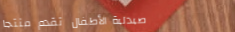
صيدلية الأطفال تقدم منتجا